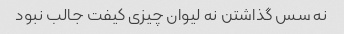
نه سس گذاشتن نه لیوان چیزی کیفت جالب نبود